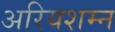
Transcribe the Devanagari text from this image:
अरियशम्न